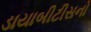
ડાયાબીટીસનો